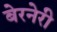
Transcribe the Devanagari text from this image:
बेरनेरी